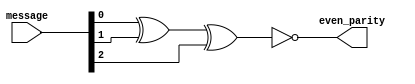
`timescale 1ns / 1ps
//////////////////////////////////////////////////////////////////////////////////
// Company: 
// Engineer: 
// 
// Design Name: 
// Module Name: evenparity
// Project Name: 
// Target Devices: 
// Tool Versions: 
// Description: 
// 
// Dependencies: 
// 
// Revision:
// Revision 0.01 - File Created
// Additional Comments:
// 
//////////////////////////////////////////////////////////////////////////////////


module evenparity(
    input [2:0] message,
    output even_parity
    );
  assign even_parity=~(message[0]^message[1]^message[2]);
endmodule